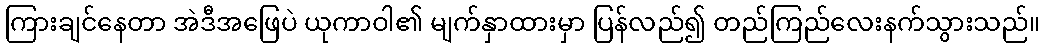
ကြားချင်နေတာ အဲဒီအဖြေပဲ ယုကာဝါ၏ မျက်နှာထားမှာ ပြန်လည်၍ တည်ကြည်လေးနက်သွားသည်။